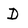
Character: D